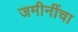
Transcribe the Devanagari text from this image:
जमीनींचा